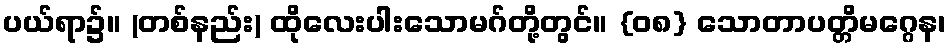
ပယ်ရာ၌။ (တစ်နည်း) ထိုလေးပါးသောမဂ်တို့တွင်။ {၀၈} သောတာပတ္တိမဂ္ဂေန၊